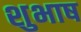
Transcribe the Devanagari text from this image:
शुभाष